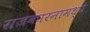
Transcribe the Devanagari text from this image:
राजकारनामध्ये